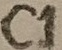
Text: C1